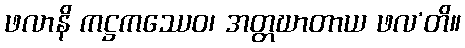
ဖလာနိ ကဋ္ဌကဿေဝ၊ အတ္တဃာတာယ ဖလ’တိ။